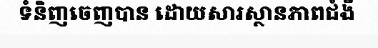
ទំនិញចេញបាន ដោយសារស្ថានភាពជំងឺ